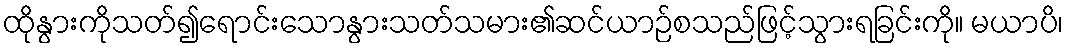
ထိုနွားကိုသတ်၍ရောင်းသောနွားသတ်သမား၏ဆင်ယာဉ်စသည်ဖြင့်သွားရခြင်းကို။ မယာပိ၊